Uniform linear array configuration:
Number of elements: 8
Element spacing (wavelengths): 0.25
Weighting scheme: binomial
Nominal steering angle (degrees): -60
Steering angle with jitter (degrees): -59.799
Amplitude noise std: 0.05
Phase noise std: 0.05

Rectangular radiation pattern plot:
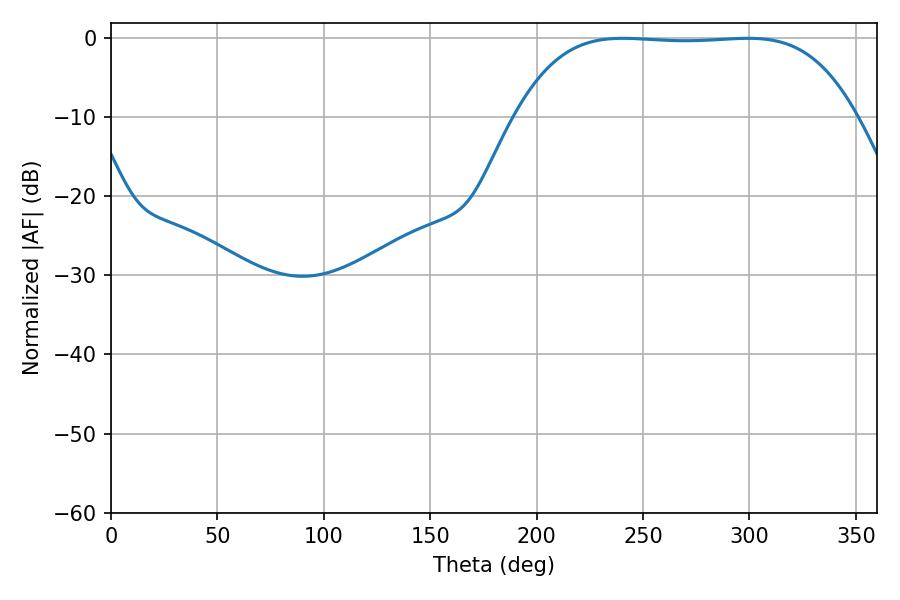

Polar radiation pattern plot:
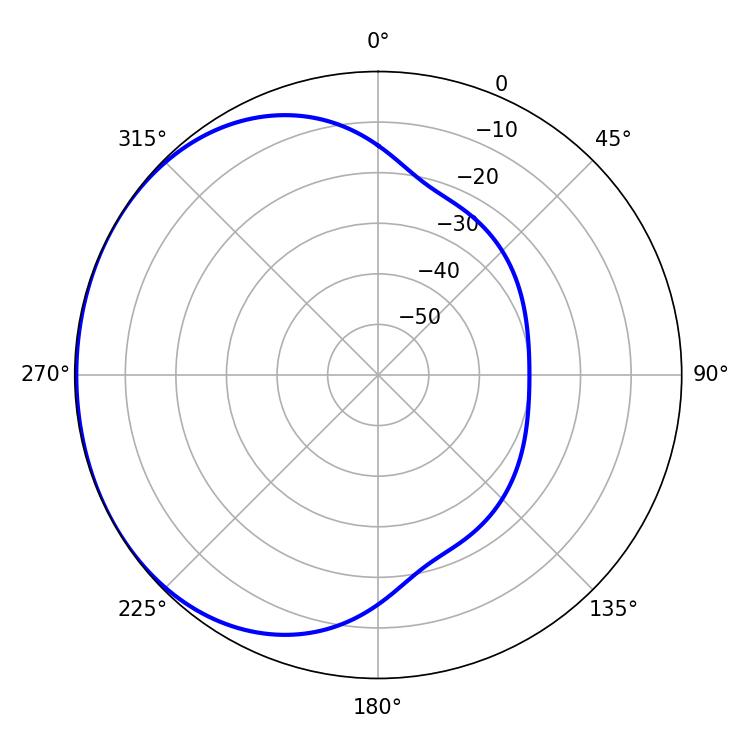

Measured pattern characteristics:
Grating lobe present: FALSE
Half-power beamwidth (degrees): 123.48
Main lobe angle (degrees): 240.66